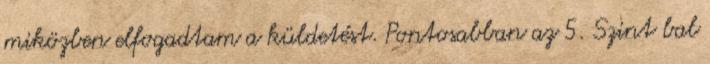
miközben elfogadtam a küldetést. Pontosabban az 5. Szint bal